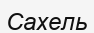
Сахель